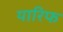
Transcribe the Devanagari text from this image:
यारिफ